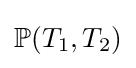
\mathbb {P} (T_{1},T_{2})